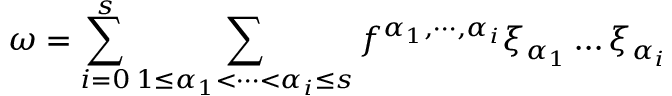
\omega = \sum _ { i = 0 } ^ { s } \sum _ { 1 \le \alpha _ { 1 } < \cdots < \alpha _ { i } \le s } f ^ { \alpha _ { 1 } , \cdots , \alpha _ { i } } \xi _ { \alpha _ { 1 } } \dots \xi _ { \alpha _ { i } }